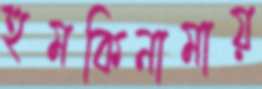
হুমকিনামায়